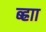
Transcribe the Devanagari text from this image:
ब्ह्राा